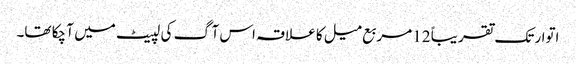
اتوار تک تقریباً 12 مربع میل کا علاقہ اس آگ کی لپیٹ میں آ چکا تھا۔